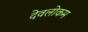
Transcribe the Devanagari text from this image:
देवलोकम